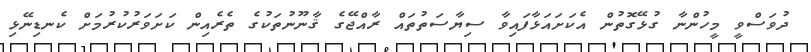
ދުވަސްވީ މީހުންނާ ގުޅޭގޮތުން އެކަށައަޅާފައިވާ ސިޔާސަތުތައް ރާއްޖޭގެ ޤާނޫނުތަކުގެ ތެރެއިން ކަށަވަރުކުރުމަށް ކެނޑިނޭޅި